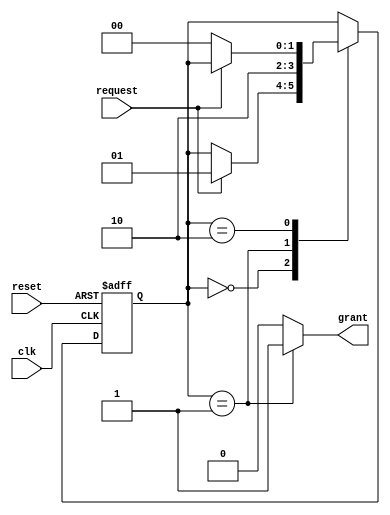
module serial_arbiter (
    input wire clk,
    input wire reset,
    input wire request,
    output reg grant
);

reg [1:0] state;
reg [1:0] next_state;

parameter IDLE = 2'b00;
parameter REQUEST = 2'b01;
parameter GRANT = 2'b10;

always @(posedge clk or posedge reset) begin
    if (reset) begin
        state <= IDLE;
    end else begin
        state <= next_state;
    end
end

always @* begin
    grant = 0;
    next_state = state;
    
    case (state)
        IDLE: begin
            if (request) begin
                next_state = REQUEST;
            end
        end
        REQUEST: begin
            grant = 1;
            next_state = GRANT;
        end
        GRANT: begin
            if (!request) begin
                next_state = IDLE;
            end
        end
    endcase
end

endmodule